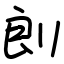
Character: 剆